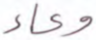
وعاء